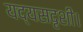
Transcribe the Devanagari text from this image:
यद्यसदृशी।